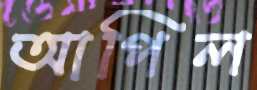
আপিল